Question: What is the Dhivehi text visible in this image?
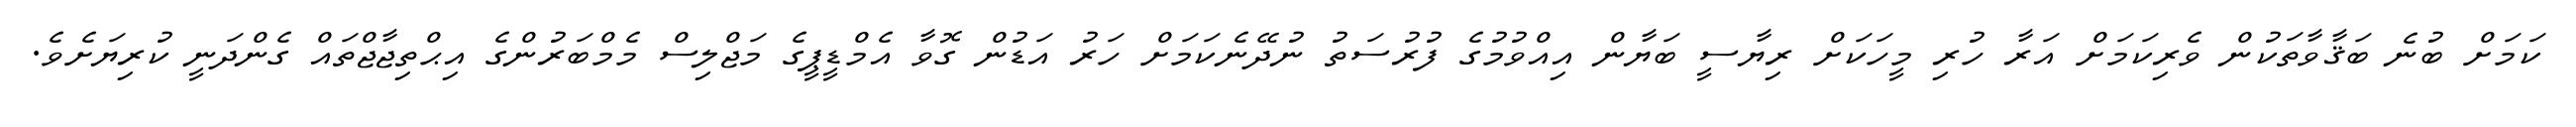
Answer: ކަމަށް ބުނެ ބަޤާވާތަކުން ވެރިކަމަށް އަރާ ހުރި މީހަކަށް ރިޔާސީ ބަޔާން އިއްވުމުގެ ފުރުސަތު ނުދޭނެކަމަށް ހަރު އަޑުން ގޮވާ އެމްޑީޕީގެ މަޖްލިސް މެމްބަރުންގެ އިޙްތިޖާޖްތައް ގެންދަނީ ކުރިޔަށެވެ.